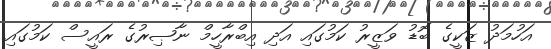
އަހުމަދު ޒަކީގެ ބޮޑު ވަޒީރު ކަމުގައި އަދި އިބްރާހީމް ނާޞިރުގެ ރައީސް ކަމުގައި